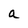
Character: a